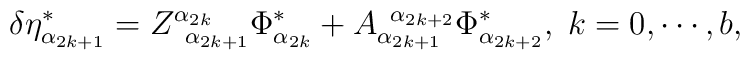
\delta \eta _{\alpha _{2k+1}}^{*}=Z_{\;\;\alpha _{2k+1}}^{\alpha_{2k}}\Phi _{\alpha _{2k}}^{*}+A_{\alpha _{2k+1}}^{\;\;\alpha _{2k+2}}\Phi_{\alpha _{2k+2}}^{*},\;k=0,\cdots ,b,